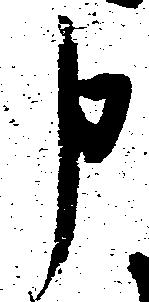
申